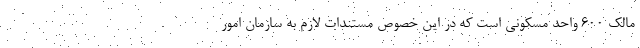
مالک ۶۰۰ واحد مسکونی است که در این خصوص مستندات لازم به سازمان امور